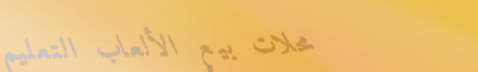
محلات بيع الألعاب التعليم